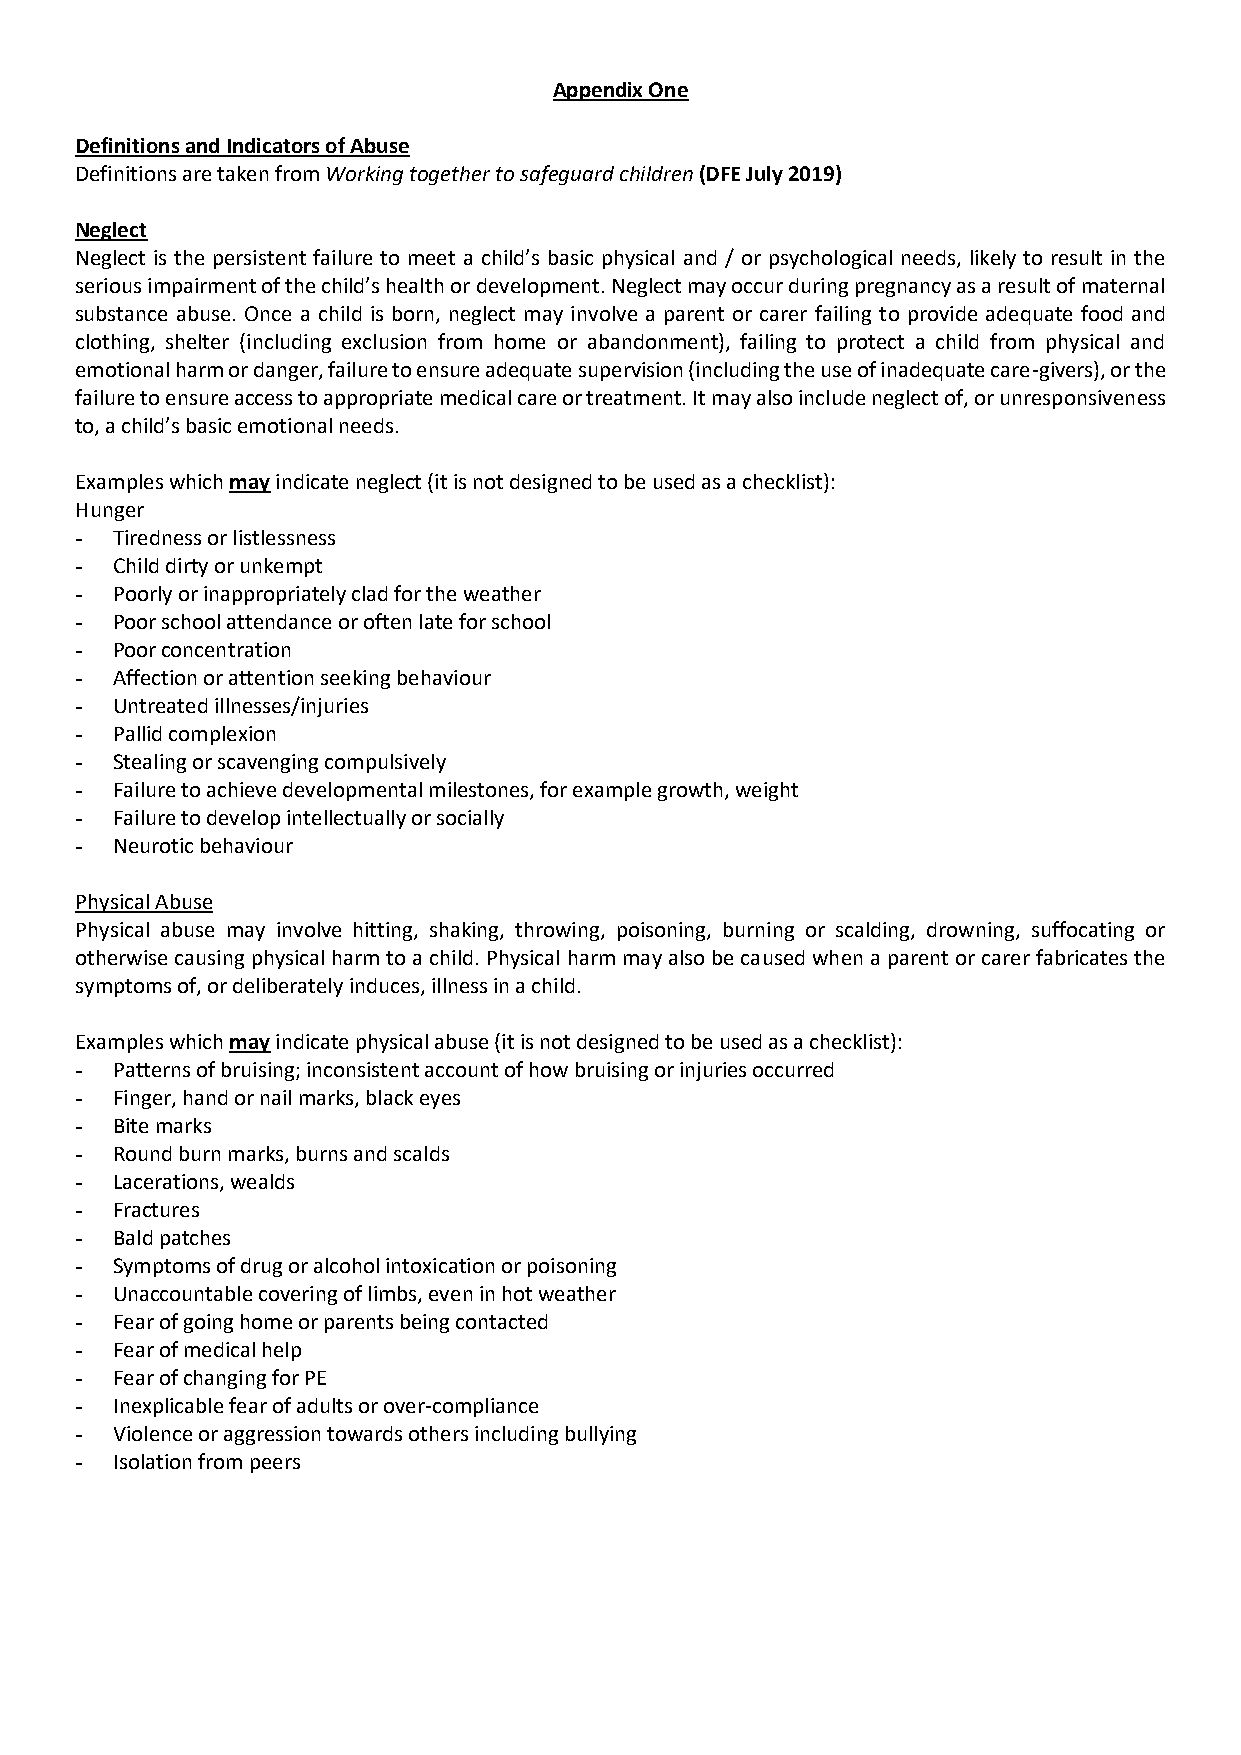
Appendix One
 Definitions and Indicators of Abuse
 Definitions are taken from Working together to safeguard children (DFE July 2019)
 Neglect
 Neglect is the persistent failure to meet a child’s basic physical and / or psychological needs, likely to result in the
 serious impairment of the child’s health or development. Neglect may occur during pregnancy as a result of maternal
 substance abuse. Once a child is born, neglect may involve a parent or carer failing to provide adequate food and
 clothing, shelter (including exclusion from home or abandonment), failing to protect a child from physical and
 emotional harm or danger, failure to ensure adequate supervision (including the use of inadequate care-givers), or the
 failure to ensure access to appropriate medical care or treatment. It may also include neglect of, or unresponsiveness
 to, a child’s basic emotional needs.
 Examples which may indicate neglect (it is not designed to be used as a checklist):
 Hunger
 - Tiredness or listlessness
 - Child dirty or unkempt
 - Poorly or inappropriately clad for the weather
 - Poor school attendance or often late for school
 - Poor concentration
 - Affection or attention seeking behaviour
 - Untreated illnesses/injuries
 - Pallid complexion
 - Stealing or scavenging compulsively
 - Failure to achieve developmental milestones, for example growth, weight
 - Failure to develop intellectually or socially
 - Neurotic behaviour
 Physical Abuse
 Physical abuse may involve hitting, shaking, throwing, poisoning, burning or scalding, drowning, suffocating or
 otherwise causing physical harm to a child. Physical harm may also be caused when a parent or carer fabricates the
 symptoms of, or deliberately induces, illness in a child.
 Examples which may indicate physical abuse (it is not designed to be used as a checklist):
 - Patterns of bruising; inconsistent account of how bruising or injuries occurred
 - Finger, hand or nail marks, black eyes
 - Bite marks
 - Round burn marks, burns and scalds
 - Lacerations, wealds
 - Fractures
 - Bald patches
 - Symptoms of drug or alcohol intoxication or poisoning
 - Unaccountable covering of limbs, even in hot weather
 - Fear of going home or parents being contacted
 - Fear of medical help
 - Fear of changing for PE
 - Inexplicable fear of adults or over-compliance
 - Violence or aggression towards others including bullying
 - Isolation from peers